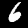
Label: 6